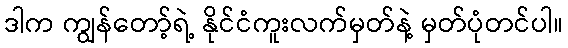
ဒါက ကျွန်တော့်ရဲ့ နိုင်ငံကူးလက်မှတ်နဲ့ မှတ်ပုံတင်ပါ။